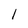
Character: l